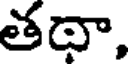
తథా,